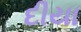
દીયા